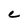
Character: C